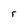
Character: r